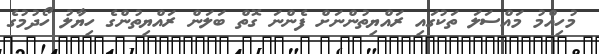
މުހިއްމު މައްސަލަ ތަކުގައި ރައްޔިތުންނަށް ފެންނަ ގޮތް ބަލަން ރައްޔިތުންގެ ހިޔާލު ހޯދުމުގެ